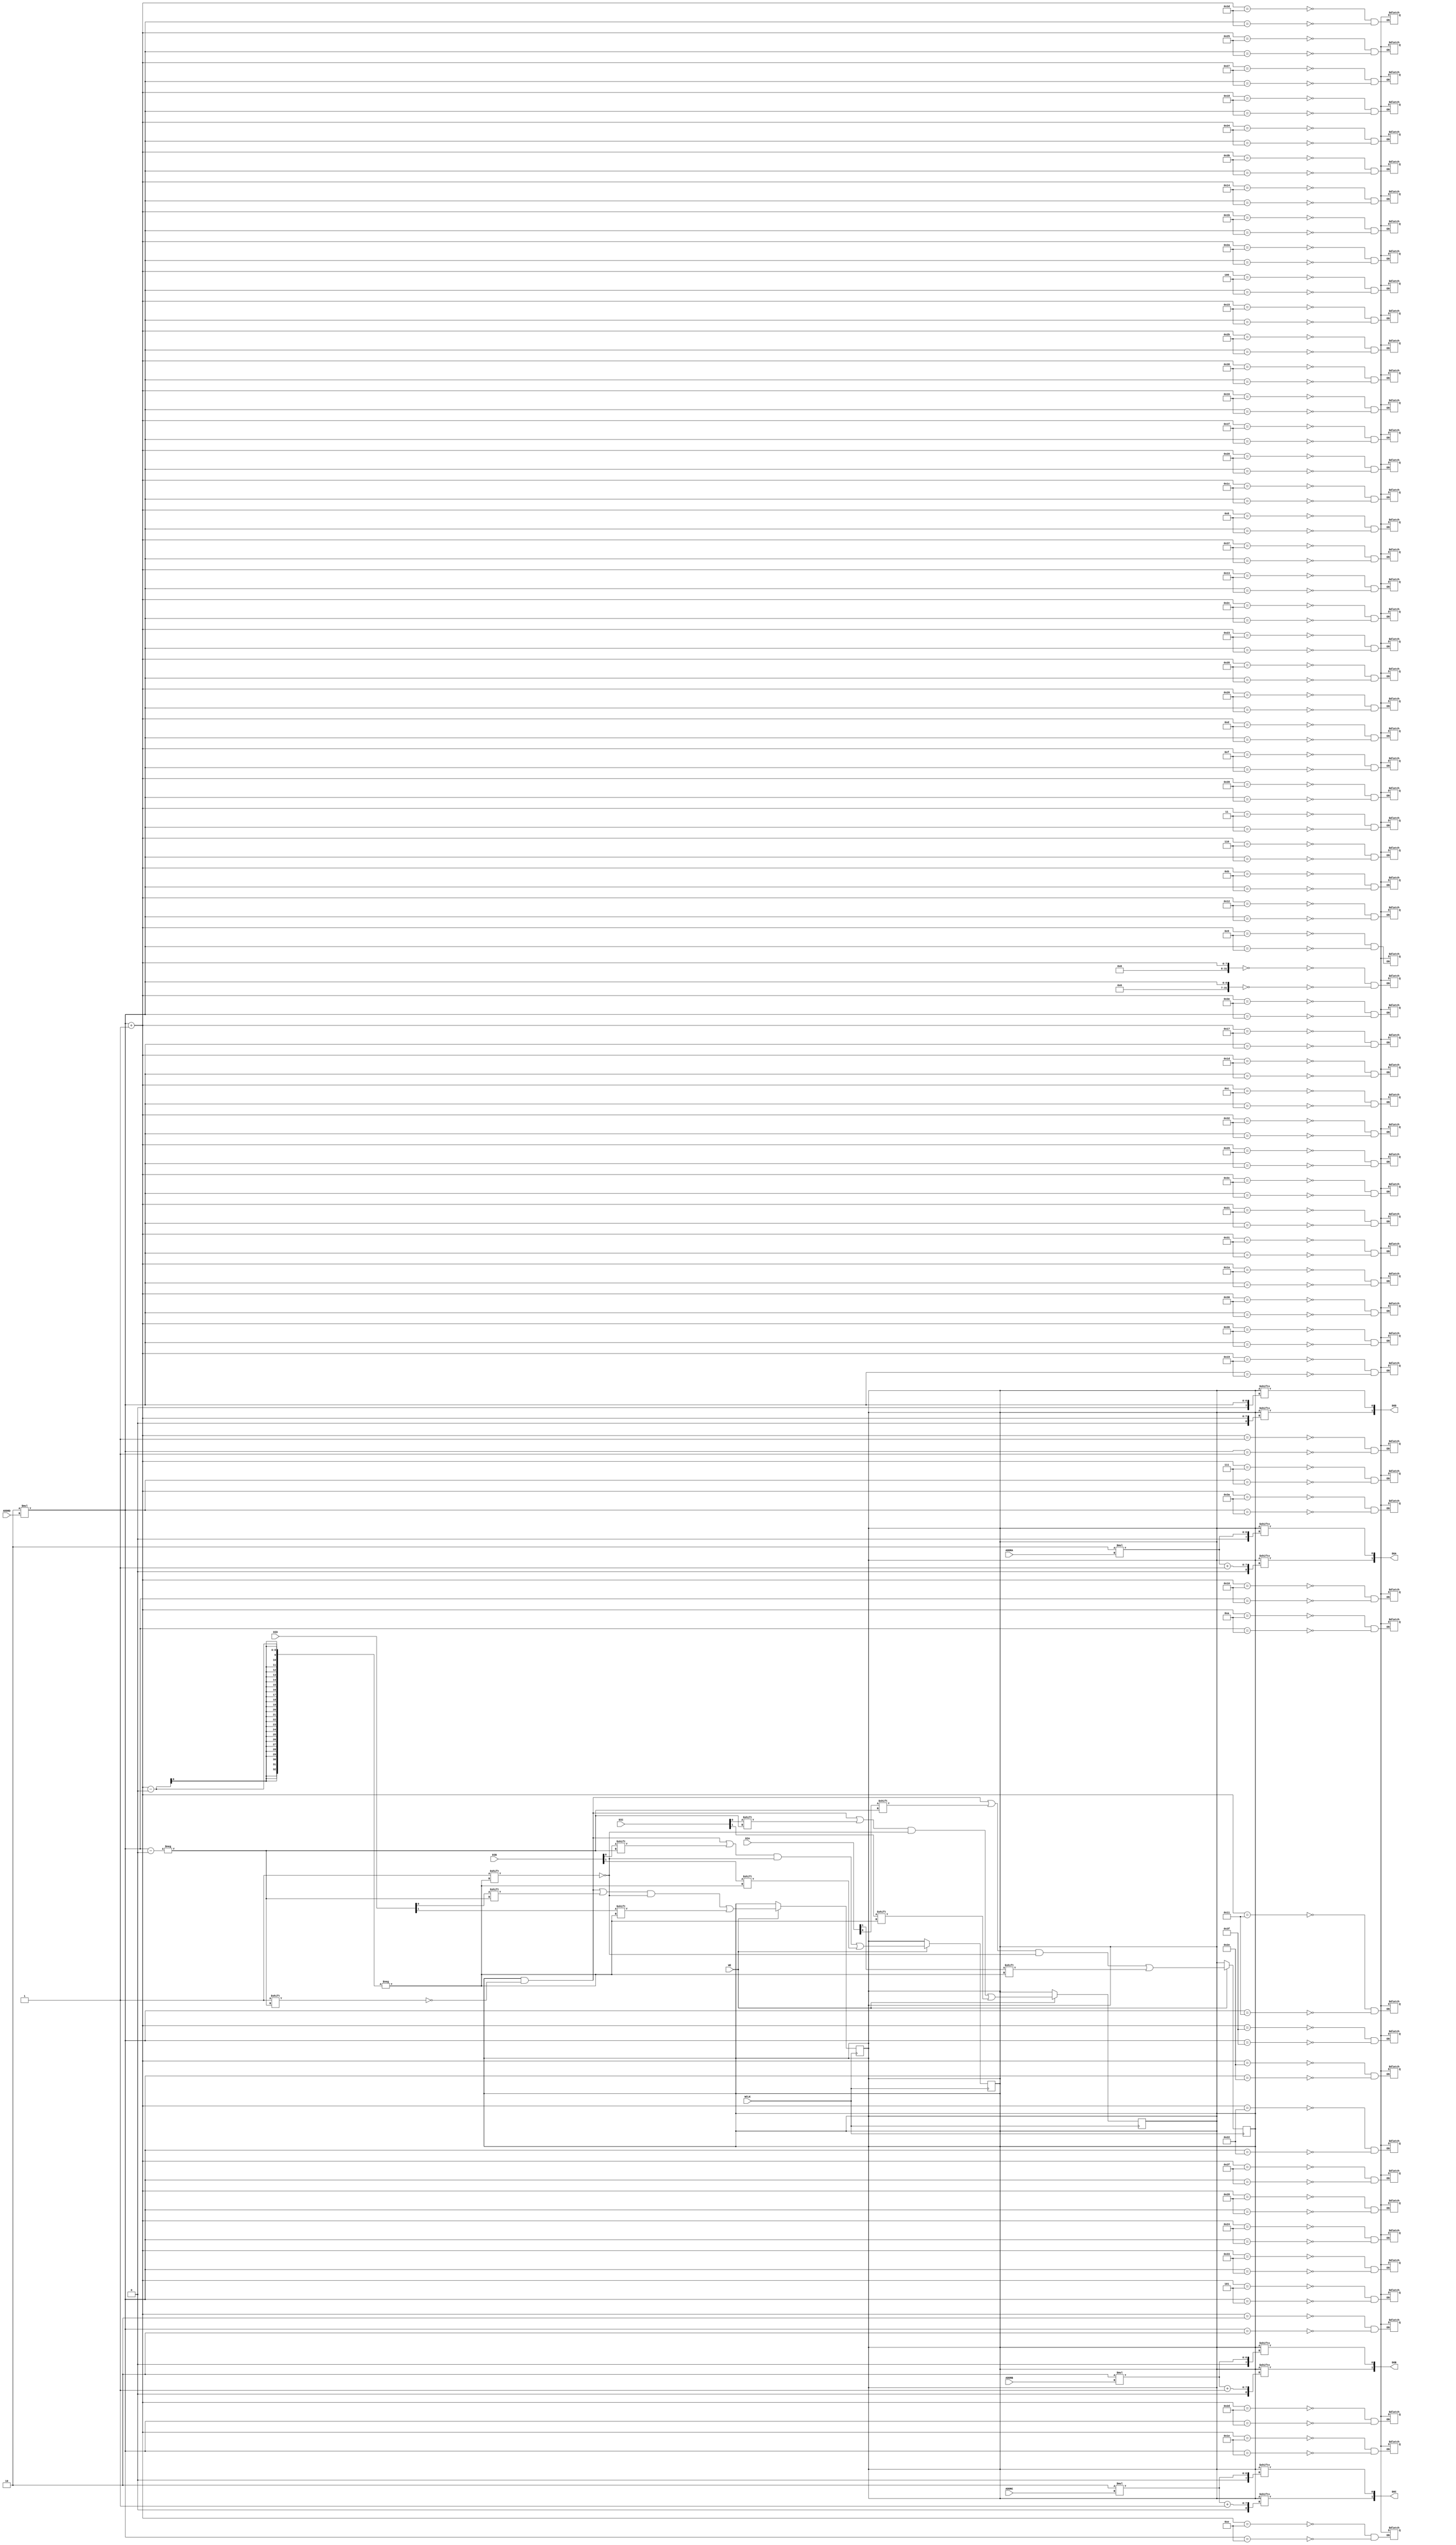
// $Header: /devl/xcs/repo/env/Databases/CAEInterfaces/verunilibs/data/rainier/RAM32M.v,v 1.4.38.1 2007/03/09 18:12:56 patrickp Exp $
///////////////////////////////////////////////////////////////////////////////
// Copyright (c) 1995/2004 Xilinx, Inc.
// All Right Reserved.
///////////////////////////////////////////////////////////////////////////////
//   ____  ____
//  /   /\/   /
// /___/  \  /    Vendor : Xilinx
// \   \   \/     Version : 8.2i (I.29)
//  \   \         Description : Xilinx Function Simulation Library Component
//  /   /                 32-Deep by 8-bit Wide Multi Port RAM 
// /___/   /\     Filename : RAM32M.v
// \   \  /  \    Timestamp : 
//  \___\/\___\
//
// Revision:
//    03/21/06 - Initial version.
// End Revision

`timescale 1 ps/1 ps

module RAM32M (DOA, DOB, DOC, DOD, ADDRA, ADDRB, ADDRC, ADDRD, DIA, DIB, DIC, DID, WCLK, WE);

  parameter  INIT_A = 64'h0000000000000000;
  parameter  INIT_B = 64'h0000000000000000;
  parameter  INIT_C = 64'h0000000000000000;
  parameter  INIT_D = 64'h0000000000000000;

  output [1:0] DOA;
  output [1:0] DOB;
  output [1:0] DOC;
  output [1:0] DOD;
  input [4:0] ADDRA;
  input [4:0] ADDRB;
  input [4:0] ADDRC;
  input [4:0] ADDRD;
  input [1:0] DIA;
  input [1:0] DIB;
  input [1:0] DIC;
  input [1:0] DID;
  input WCLK;
  input WE;

  reg [63:0] mem_a, mem_b, mem_c, mem_d;
  reg notifier;

  initial begin
    mem_a = INIT_A;
    mem_b = INIT_B;
    mem_c = INIT_C;
    mem_d = INIT_D;
  end

  always @(posedge WCLK)
    if (WE) begin
      mem_a[2*ADDRD] <= #100 DIA[0];
      mem_a[2*ADDRD + 1] <= #100 DIA[1];
      mem_b[2*ADDRD] <= #100 DIB[0];
      mem_b[2*ADDRD + 1] <= #100 DIB[1];
      mem_c[2*ADDRD] <= #100 DIC[0];
      mem_c[2*ADDRD + 1] <= #100 DIC[1];
      mem_d[2*ADDRD] <= #100 DID[0];
      mem_d[2*ADDRD + 1] <= #100 DID[1];
  end

   assign  DOA[0] = mem_a[2*ADDRA];
   assign  DOA[1] = mem_a[2*ADDRA + 1];
   assign  DOB[0] = mem_b[2*ADDRB];
   assign  DOB[1] = mem_b[2*ADDRB + 1];
   assign  DOC[0] = mem_c[2*ADDRC];
   assign  DOC[1] = mem_c[2*ADDRC + 1];
   assign  DOD[0] = mem_d[2*ADDRD];
   assign  DOD[1] = mem_d[2*ADDRD + 1];

  always @(notifier) begin
      mem_a[2*ADDRD] <= 1'bx;
      mem_a[2*ADDRD + 1] <= 1'bx;
      mem_b[2*ADDRD] <= 1'bx;
      mem_b[2*ADDRD + 1] <= 1'bx;
      mem_c[2*ADDRD] <= 1'bx;
      mem_c[2*ADDRD + 1] <= 1'bx;
      mem_d[2*ADDRD] <= 1'bx;
      mem_d[2*ADDRD + 1] <= 1'bx;
  end



endmodule